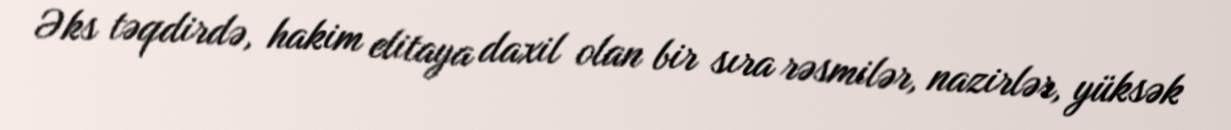
Əks təqdirdə, hakim elitaya daxil olan bir sıra rəsmilər, nazirlər, yüksək